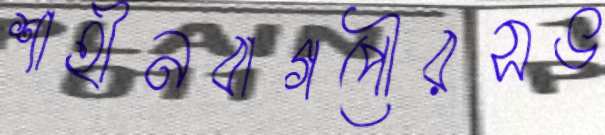
শাহীনবাগপৌরসভ